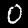
Label: 0